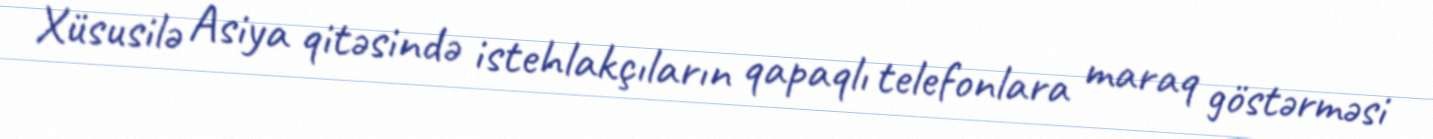
Xüsusilə Asiya qitəsində istehlakçıların qapaqlı telefonlara maraq göstərməsi